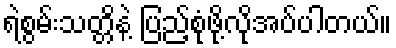
ရဲစွမ်းသတ္တိနဲ့ ပြည့်စုံဖို့လိုအပ်ပါတယ်။